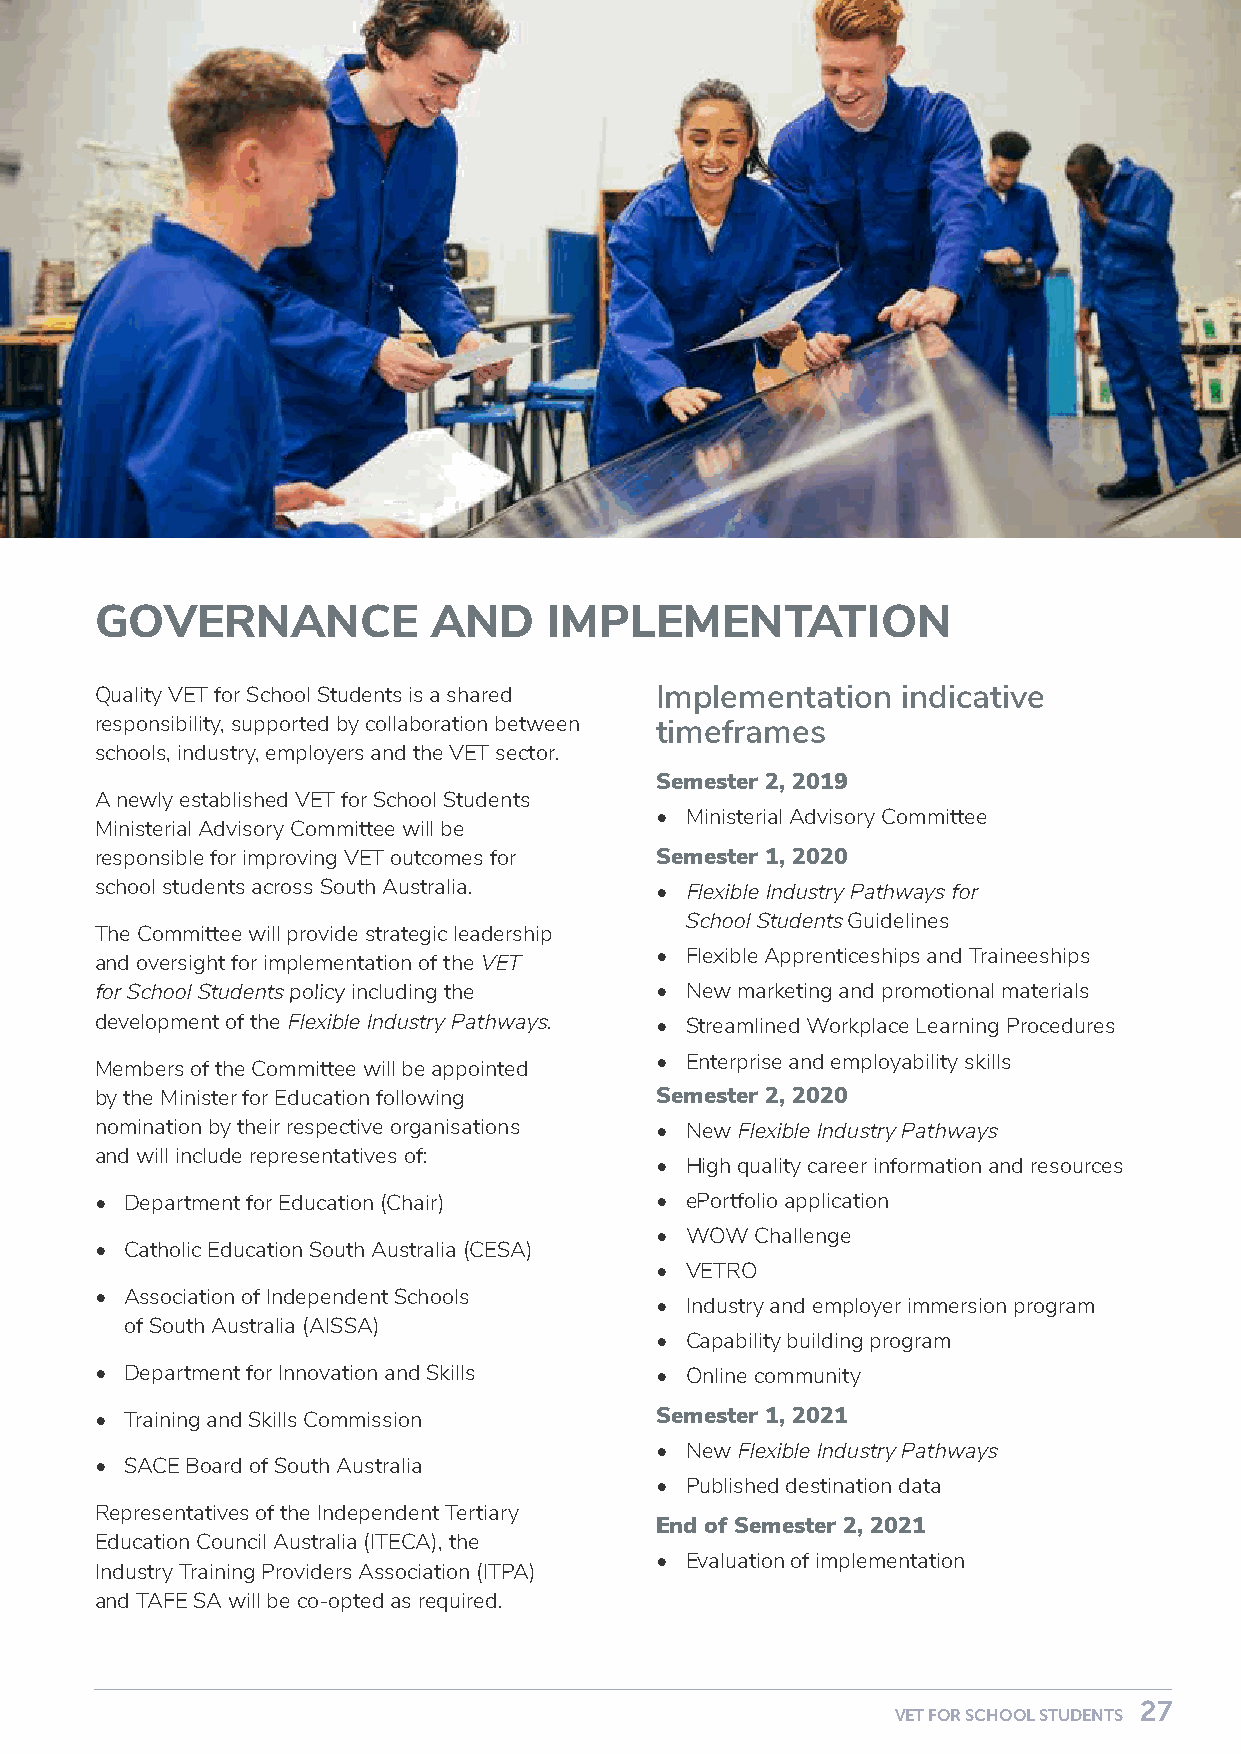
GOVERNANCE             AND    IMPLEMENTATION
 Quality VET for School Students is a shared Implementation indicative
 responsibility, supported by collaboration between timeframes
 schools, industry, employers and the VET sector.
 Semester 2, 2019
 A newly established VET for School Students
 • Ministerial Advisory Committee
 Ministerial Advisory Committee will be
 responsible for improving VET outcomes for Semester 1, 2020
 school students across South Australia. • Flexible Industry Pathways for
 School Students Guidelines
 The Committee will provide strategic leadership
 • Flexible Apprenticeships and Traineeships
 and oversight for implementation of the VET
 for School Students policy including the • New marketing and promotional materials
 development of the Flexible Industry Pathways. • Streamlined Workplace Learning Procedures
 • Enterprise and employability skills
 Members of the Committee will be appointed
 by the Minister for Education following Semester 2, 2020
 nomination by their respective organisations • New Flexible Industry Pathways
 and will include representatives of:
 • High quality career information and resources
 • Department for Education (Chair)   • ePortfolio application
 • WOW  Challenge
 • Catholic Education South Australia (CESA)
 • VETRO
 • Association of Independent Schools
 • Industry and employer immersion program
 of South Australia (AISSA)
 • Capability building program
 • Department for Innovation and Skills • Online community
 • Training and Skills Commission     Semester 1, 2021
 • New Flexible Industry Pathways
 • SACE Board of South Australia
 • Published destination data
 Representatives of the Independent Tertiary
 End of Semester 2, 2021
 Education Council Australia (ITECA), the
 • Evaluation of implementation
 Industry Training Providers Association (ITPA)
 and TAFE SA will be co-opted as required.
 26                                                                         27
 VET FOR SCHOOL STUDENTS                                    VET FOR SCHOOL STUDENTS